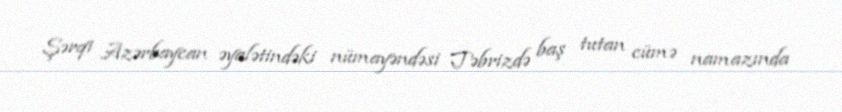
Şərqi Azərbaycan əyalətindəki nümayəndəsi Təbrizdə baş tutan cümə namazında